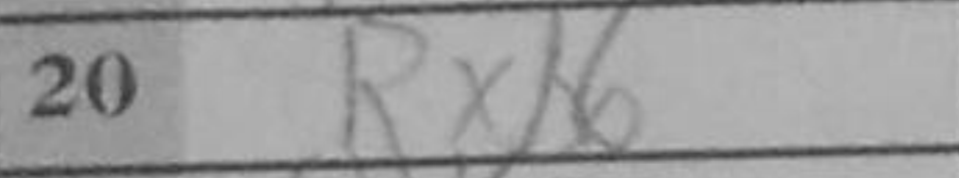
Transcription: Rxb6